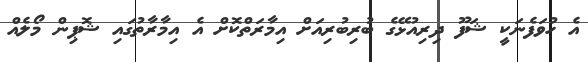
އެ ހުވަފެނަކީ ޝަފޫ ދިރިއުޅޭގެ ބުރިބުރިއަށް އިމާރަތްކޮށް އެ އިމާރާތުގައި ޝޮޕިން މޯލެއް